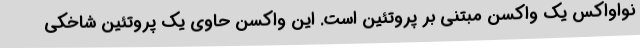
نواواکس یک واکسن مبتنی بر پروتئین است. این واکسن حاوی یک پروتئین شاخکی